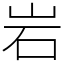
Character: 岩